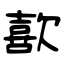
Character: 歖